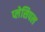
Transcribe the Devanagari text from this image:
प्लेसिपल